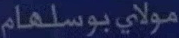
مولايبوسلهام